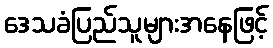
ဒေသခံပြည်သူများအနေဖြင့်